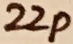
Text: 22p